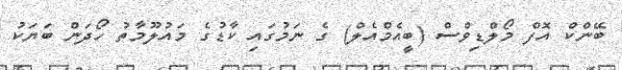
ބޭންކް އޮފް މޯލްޑިވްސް (ބީއެމްއެލް) ގެ ނަމުގައި ކާޑުގެ މައުލޫމާތު ހޯދަން ބަޔަކު